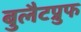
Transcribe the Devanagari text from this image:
बुलैटप्रुफ